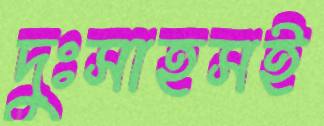
দুঃসাহসই